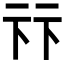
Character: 𠧥